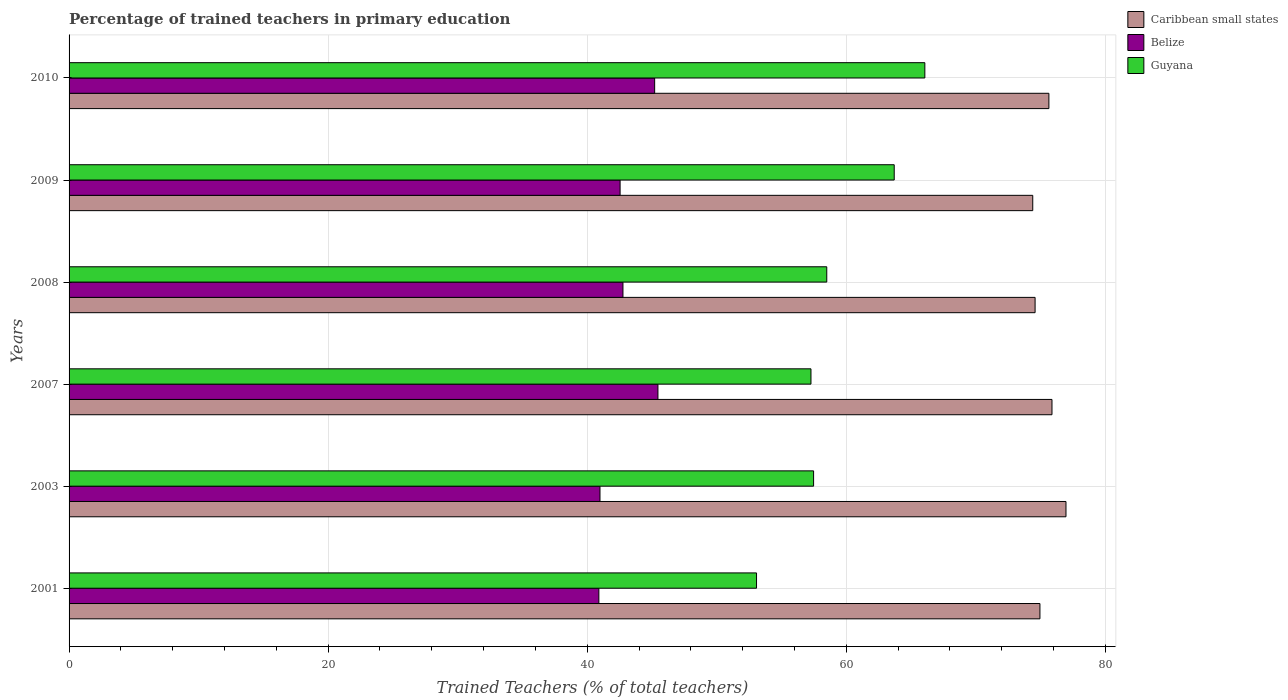
| Years | Caribbean small states | Belize | Guyana |
 | --- | --- | --- | --- |
 | 2001 | 74.9 | 40.9 | 53.1 |
 | 2003 | 77 | 41 | 57.5 |
 | 2007 | 75.9 | 45.5 | 57.3 |
 | 2008 | 74.6 | 42.8 | 58.5 |
 | 2009 | 74.4 | 42.5 | 63.7 |
 | 2010 | 75.6 | 45.2 | 66.1 |